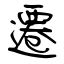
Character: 遷